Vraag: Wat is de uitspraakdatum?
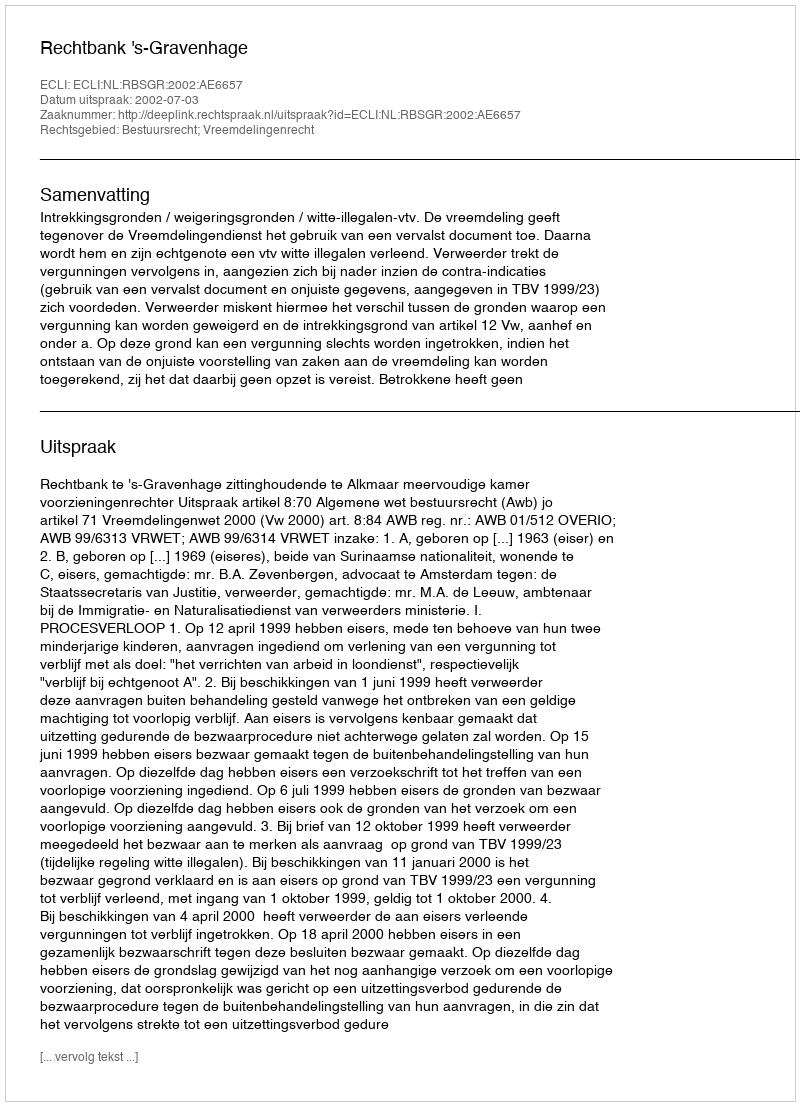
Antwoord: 2002-07-03